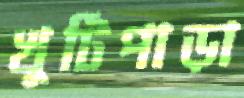
খুটিপাড়া